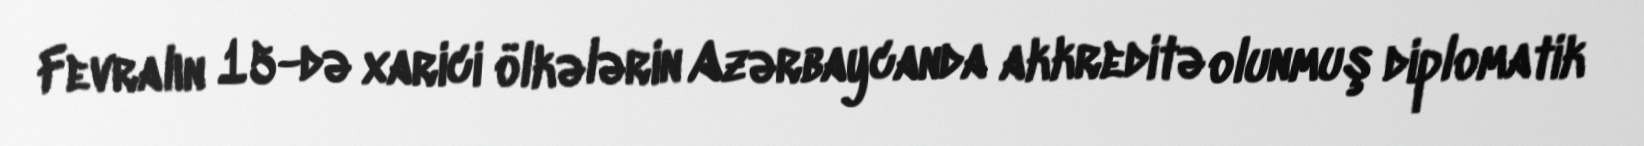
Fevralın 15-də xarici ölkələrin Azərbaycanda akkreditə olunmuş diplomatik